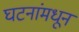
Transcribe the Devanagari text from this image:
घटनांमधून